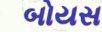
બોયસ